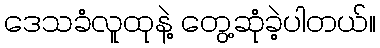
ဒေသခံလူထုနဲ့ တွေ့ဆုံခဲ့ပါတယ်။